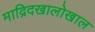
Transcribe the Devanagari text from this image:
माद्रिदखालोखाल